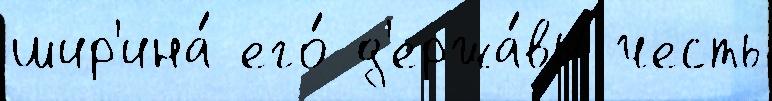
шир'ина́ его́ д'ержа́вы честь